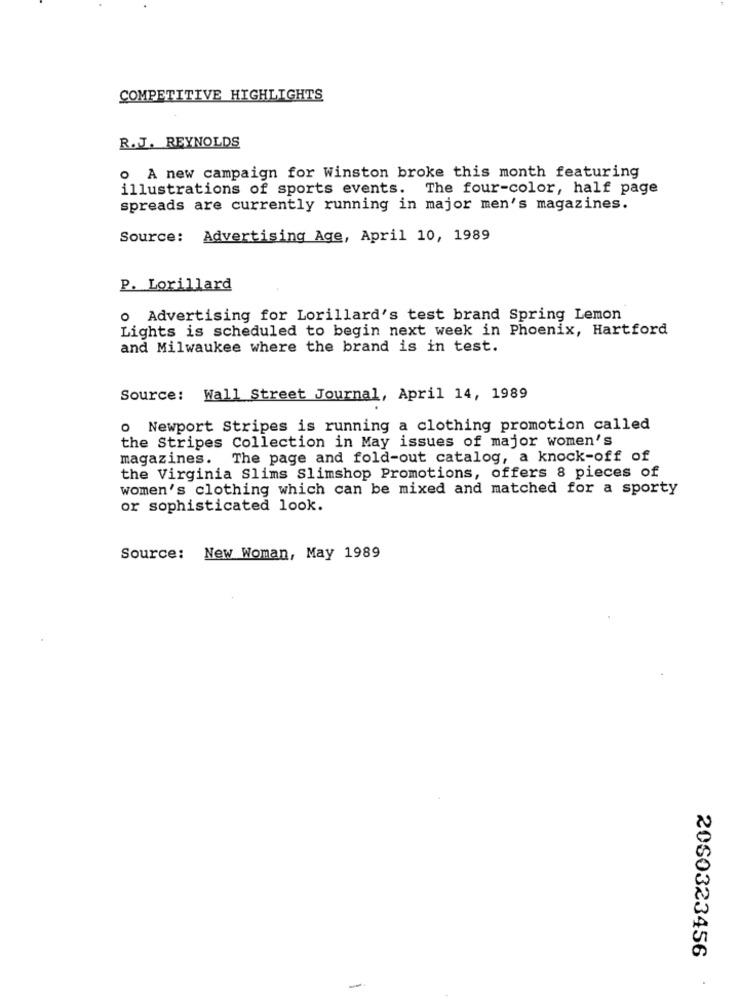
COMPETITIVE HIGHLIGHTS
R.J. REYNOLDS
o A new campaign for Winston broke this month featuring
illustrations of sports events. The four-color, half page
spreads are currently running in major men's magazines.
Source: Advertising Age, April 10, 1989
P. Lorillard
o Advertising for Lorillard's test brand Spring Lemon
Lights is scheduled to begin next week in Phoenix, Hartford
and Milwaukee where the brand is in test.
Source: Wall Street Journal, April 14, 1989
o Newport Stripes is running a clothing promotion called
the Stripes Collection in May issues of major women's
magazines. The page and fold-out catalog, a knock-off of
the Virginia Slims Slimshop Promotions, offers 8 pieces of
women's clothing which can be mixed and matched for a sporty
or sophisticated look.
Source: New Woman, May 1989
2060323456